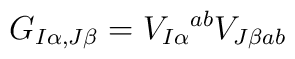
G_{I\alpha,J\beta}= V_{I\alpha}{}^{ab} V_{J\beta ab}